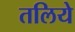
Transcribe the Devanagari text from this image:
तलिये